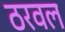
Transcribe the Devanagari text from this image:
ठरवल